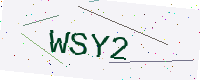
Text: WSY2